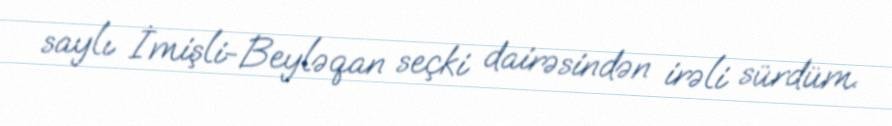
saylı İmişli-Beyləqan seçki dairəsindən irəli sürdüm.